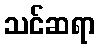
သင်ဆရာ